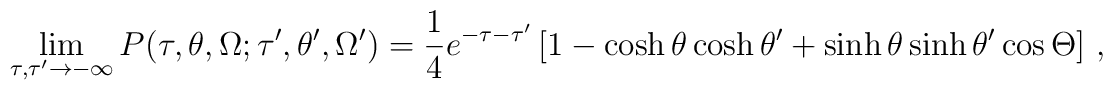
\lim_{\tau,\tau'\to-\infty} P(\tau,\theta,\Omega; \tau',\theta',\Omega') =\frac 14 e^{-\tau-\tau'}\left[1 - \cosh\theta\cosh\theta' +\sinh\theta\sinh\theta'\cos\Theta\right]\,,